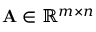
\mathbf { A } \in \mathbb { R } ^ { m \times n }